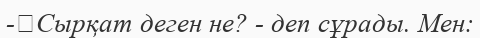
-	Сырқат деген не? - деп сұрады. Мен: